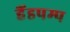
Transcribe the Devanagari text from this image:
हैंडपम्प